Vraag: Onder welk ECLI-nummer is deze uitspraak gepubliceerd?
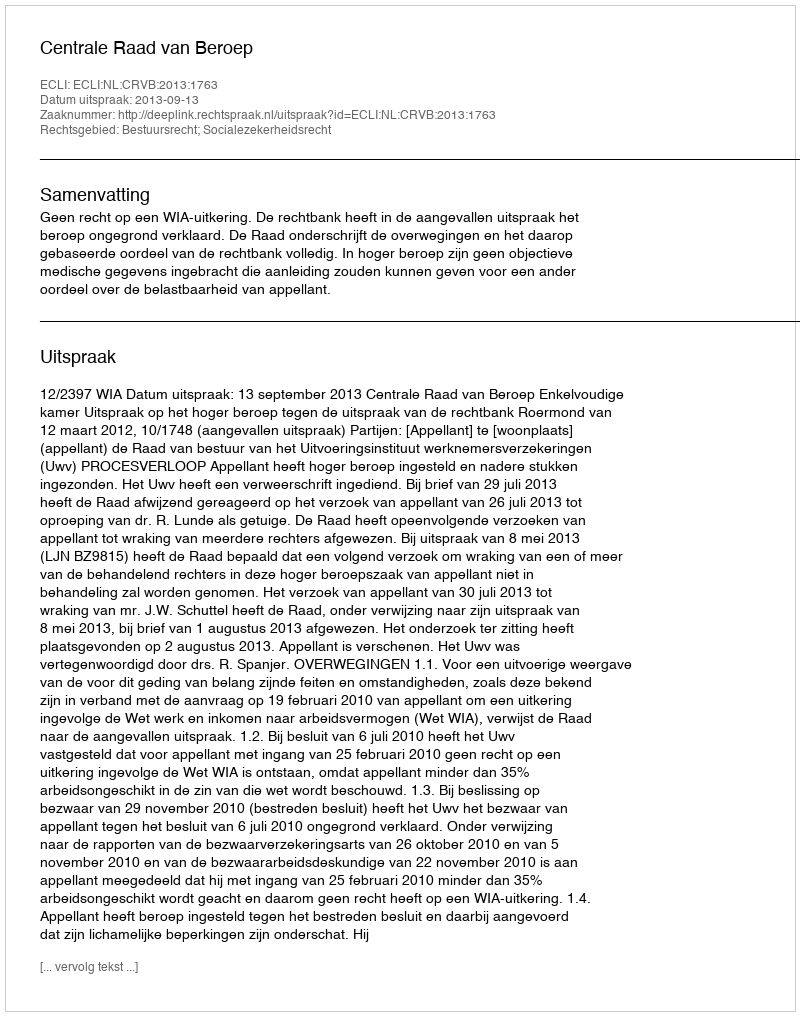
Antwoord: ECLI:NL:CRVB:2013:1763